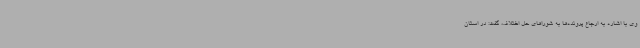
وی با اشاره به ارجاع پرونده‌ها به شوراهای حل اختلاف، گفت: در استان